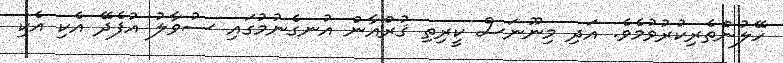
ހޭލުންތެރިކުރުވުމެވެ. އަދި މިނޫނަސް ކީރިތި ޤުރްއާން އުނގެނުމުގައި ސުވާލު އުފެދޭ އެކި އެކި